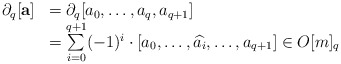
\begin{align*}\begin{array}{llllll} \partial_q[\mathbf a]&=\partial_q[a_0,\dots,a_q,a_{q+1}] \\ & =\sum\limits_{i=0}^{q+1}(-1)^i\cdot[a_0,\dots,\widehat{a_i},\dots,a_{q+1}]\in O[m]_{q}\\\end{array}\end{align*}